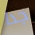
جدا